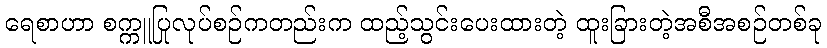
ရေစာဟာ စက္ကူပြုလုပ်စဉ်ကတည်းက ထည့်သွင်းပေးထားတဲ့ ထူးခြားတဲ့အစီအစဉ်တစ်ခု